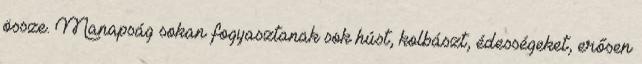
össze. Manapság sokan fogyasztanak sok húst, kolbászt, édességeket, erősen